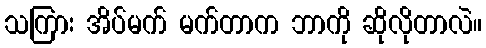
သကြား အိပ်မက် မက်တာက ဘာကို ဆိုလိုတာလဲ။